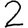
Digit: 2